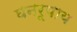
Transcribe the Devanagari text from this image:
घनरूपाय